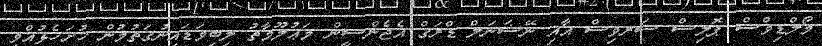
މޯލްޑިވްސް ޕޮލިސް ސަރވިސް އާއި ނޭޝަނަލް ޑްރަގް އެޖެންސީން މަޢުލޫމާތު ލިބިވަޑައިނުގަތުމުން ހުށަހެޅުއްވި